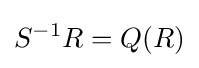
S^{-1}R=Q(R)